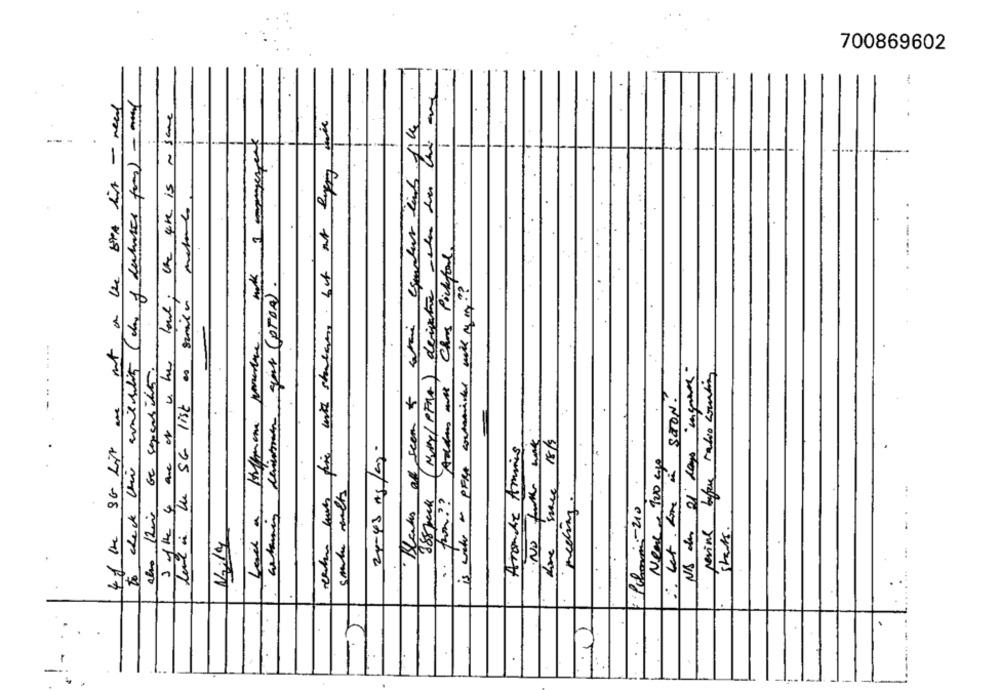
700869602
to check this website (des of debates for) -
mat a the bra is - need
3 ofthe 4 are of ashes foul; the time is ~ same
-- -
( NurY/ PFAA) derigate - when the the
-
reichen bach fie with starter. but it gyeng
---. .
Addins are Chrs Pickford
carmen gut (PTON).
is with o PFRA contamittel make my my?
land in the SG list as smile
-
NA de 21 days "insure"
also there be sepensithis.
Nene - Tro cke CON!
41 the SG Lit one
No forthe work
Hove space 18/2
25-43 As/ag
Arande Ammis
let home a
388 back
. from ? ?
-210
-.
shots.
..
..